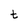
Character: t